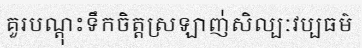
គួរបណ្តុះទឹកចិត្តស្រឡាញ់់សិល្បៈវប្បធម៌